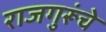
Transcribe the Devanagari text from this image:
राजगुरूंचे